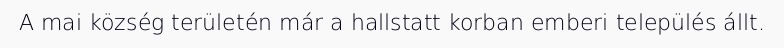
A mai község területén már a hallstatt korban emberi település állt.